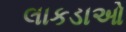
લાકડાઓ